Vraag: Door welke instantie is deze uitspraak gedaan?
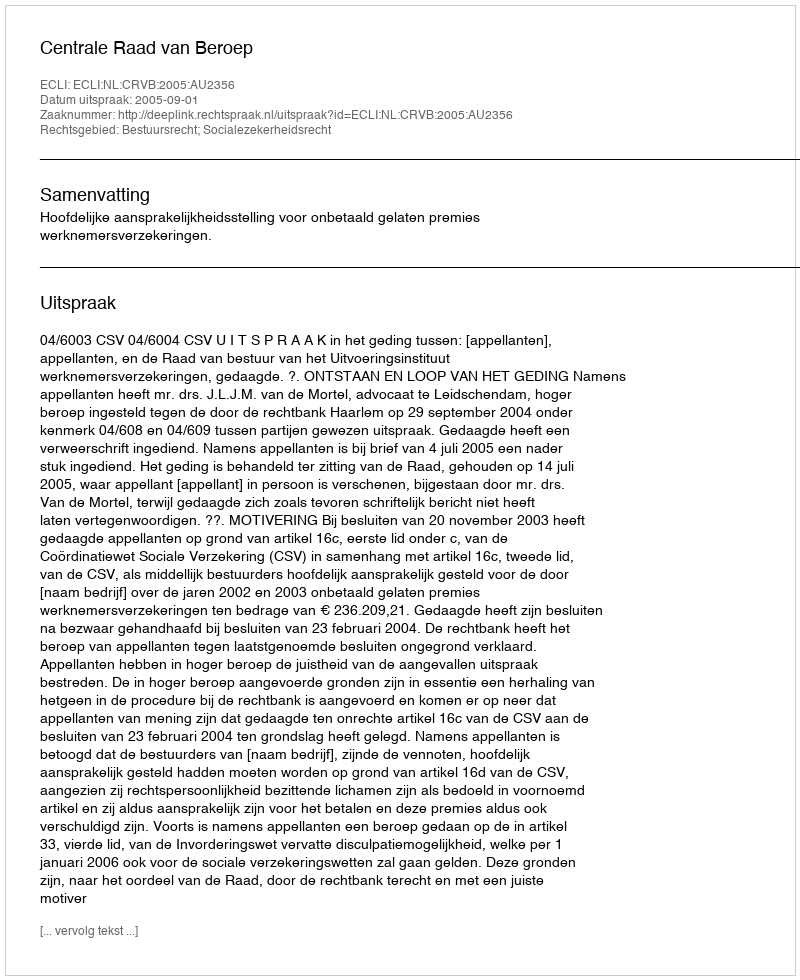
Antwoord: Centrale Raad van Beroep